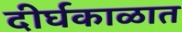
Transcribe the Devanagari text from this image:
दीर्घकाळात